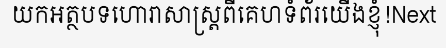
យកអត្ថបទហោរាសាស្ត្រពីគេហទំព័រយើងខ្ញុំ!Next